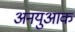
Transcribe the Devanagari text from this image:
अनयुआक